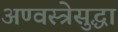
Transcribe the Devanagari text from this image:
अण्वस्त्रेसुद्धा